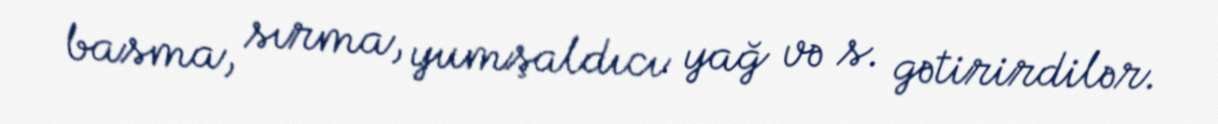
basma, sırma, yumşaldıcı yağ və s. gətirirdilər.